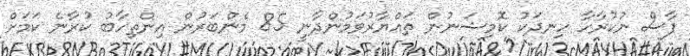
ފާސް ނުކުރާހާ ހިނދަކު ކޮމިޝަނުން ތައްޔާރުވަމުންދާނީ 85 މެންބަރުން އިންތިހާބު ކުރާނެ ކަމަށް